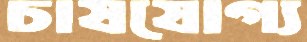
চাষযোগ্য